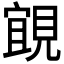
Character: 𮗗